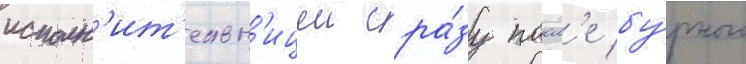
исполн'ит'ельн'ицеи сра́зу посл'е бу́рного